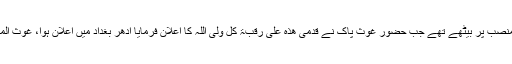
ابو مدین غوث المغربی ملک مغرب کے گاؤں فاس میں اپنے منصب پر بیٹھے تھے جب حضور غوث پاک نے قدمی ھذہ علی رقبۃ کل ولی اللہ کا اعلان فرمایا ادھر بغداد میں اعلان ہوا، غوث المغربی نے وہیں گردن کو جھکادیا اور اطاعت غوث میں آگئے۔